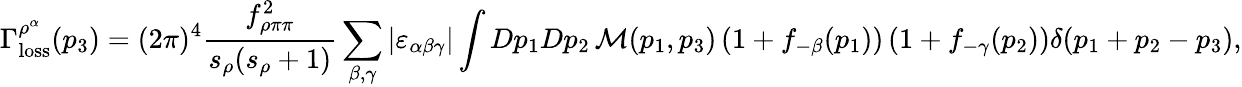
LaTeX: \Gamma_{\mathrm{loss}}^{\rho^{\alpha}}(p_{3})=(2\pi)^{4}{\frac{f_{\rho\pi\pi}^{2}}{s_{\rho}(s_{\rho}+1)}}\sum_{\beta,\gamma}\vert\varepsilon_{\alpha\beta\gamma}\vert\int Dp_{1}Dp_{2}\, {\cal M}(p_{1},p_{3})\left(1+f_{-\beta}(p_{1})\right)\left(1+f_{-\gamma}(p_{2})\right)\delta(p_{1}+p_{2}-p_{3}),